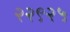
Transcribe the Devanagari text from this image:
२२९२५